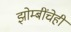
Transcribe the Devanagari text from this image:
झोम्बींचेही